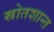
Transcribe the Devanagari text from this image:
स्रोतशान्त